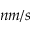
n m / s